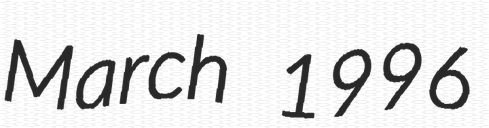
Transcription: March 1996